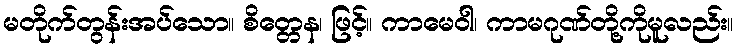
မတိုက်တွန်းအပ်သော။ စိတ္တေန၊ ဖြင့်။ ကာမေဝါ၊ ကာမဂုဏ်တို့ကိုမူလည်း။